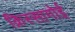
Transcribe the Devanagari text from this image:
क़िस्सागोई